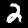
Digit: 2